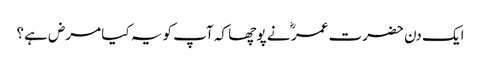
ایک دن حضرت عمر ؓ نے پو چھا کہ آپ کو یہ کیا مرض ہے؟